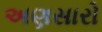
અણસારો